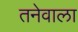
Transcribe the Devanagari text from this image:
तनेवाला